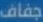
جفاف